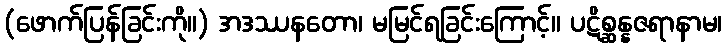
(ဖောက်ပြန်ခြင်းကို။) အဒဿနတော၊ မမြင်ရခြင်းကြောင့်။ ပဋိစ္ဆန္နဇရာနာမ၊